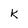
Character: K